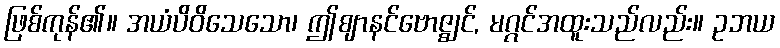
ဖြစ်ကုန်၏။ အယံပိဝိသေသော၊ ဤဈာနင်ဗောဇ္ဈင်, မဂ္ဂင်အထူးသည်လည်း။ ဥဘယ